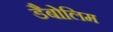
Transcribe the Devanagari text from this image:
डैबोलिम